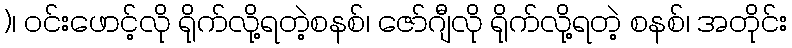
)၊ ဝင်းဖောင့်လို ရိုက်လို့ရတဲ့စနစ်၊ ဇော်ဂျီလို ရိုက်လို့ရတဲ့ စနစ်၊ အတိုင်း